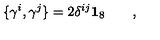
\{ \gamma ^ { i } , \gamma ^ { j } \} = 2 \delta ^ { i j } \mathbf { 1 } _ { 8 } \qquad ,